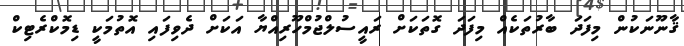
ޤާނޫނަކުން މިފަދަ ބާރުތަކެއް މިފަދަ ގޮތަކަށް ރައީސުލްޖުމްހޫރިއްޔާ އަކަށް ދެވިފައި އޮތުމަކީ ޑިމޮކްރެޓިކް